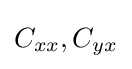
C_{xx},C_{yx}